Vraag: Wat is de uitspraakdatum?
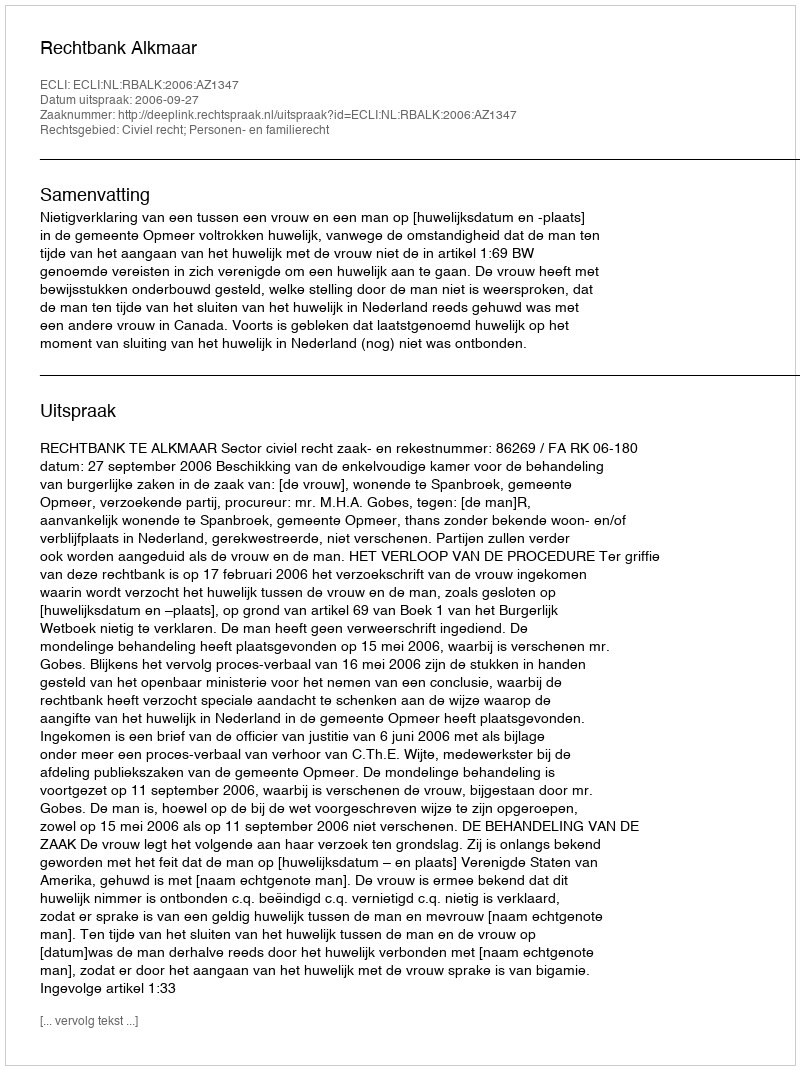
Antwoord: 2006-09-27